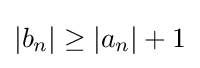
|b_{n}|\geq |a_{n}|+1